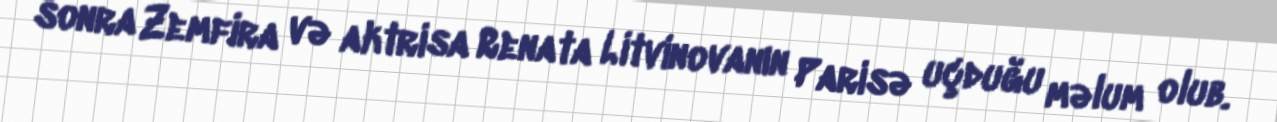
sonra Zemfira və aktrisa Renata Litvinovanın Parisə uçduğu məlum olub.